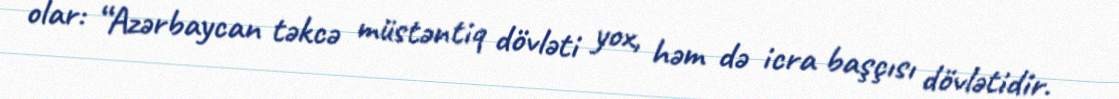
olar: “Azərbaycan təkcə müstəntiq dövləti yox, həm də icra başçısı dövlətidir.